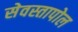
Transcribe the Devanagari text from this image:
सेवस्तापोल